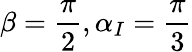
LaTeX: \beta=\frac{\pi}{2},\alpha_{I}=\frac{\pi}{3}